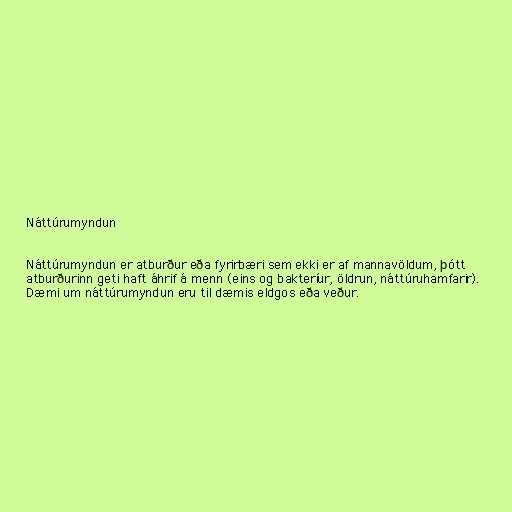
Náttúrumyndun

Náttúrumyndun er atburður eða fyrirbæri sem ekki er af mannavöldum, þótt
atburðurinn geti haft áhrif á menn (eins og bakteríur, öldrun, náttúruhamfarir).
Dæmi um náttúrumyndun eru til dæmis eldgos eða veður.